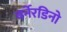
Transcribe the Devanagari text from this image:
बर्नेरडिनो